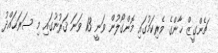
ޗެންގީޒް ޚާންގެ ވެރިކަމުގައި މޮންގޯލުން ވަނީ 13 ވަނަ ޤަރުނުގައި މި ސަރަޙައްދު